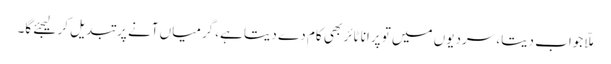
ملّا جواب دیتا، سردیوں میں تو پرانا ٹائر بھی کام دے دیتا ہے، گرمیاں آنے پر تبدیل کر لیجئے گا۔